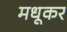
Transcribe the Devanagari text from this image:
मधूकर